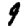
Digit: 9